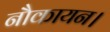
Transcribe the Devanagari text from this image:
नौकायन।